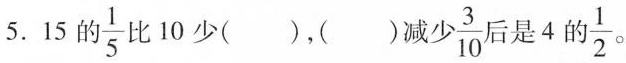
5. 15的\frac{1}{5}比10少()，()减少 \frac{3}{10}后是4的\frac{1}{2}。